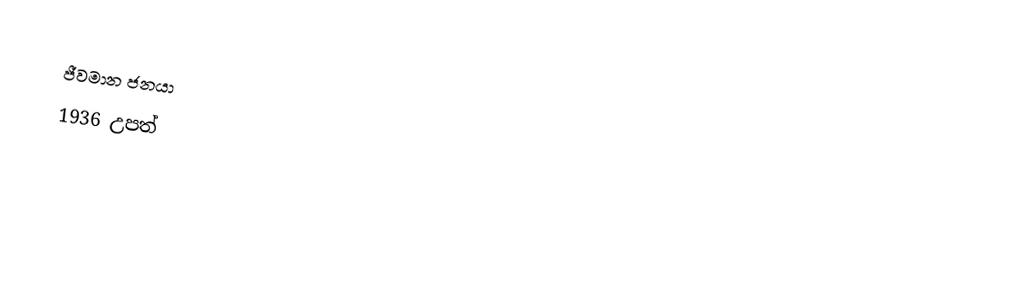
ජීවමාන ජනයා
1936 උපත්